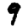
Digit: 9